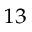
^ { 1 3 }